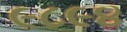
૯૮૯૪